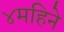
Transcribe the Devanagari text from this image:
४महिने